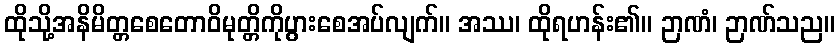
ထိုသို့အနိမိတ္တစေတောဝိမုတ္တိကိုပွားစေအပ်လျက်။ အဿ၊ ထိုရဟန်း၏။ ဉာဏံ၊ ဉာဏ်သည။